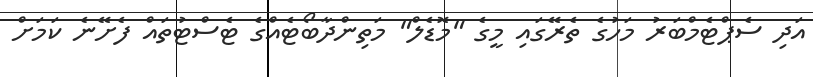
އަދި ސެޕްޓެމްބަރު މަހުގެ ތެރޭގައި މީގެ "މޮޑެލް" މަތިންދާބޯޓެއްގެ ޓެސްޓުތައް ފެށޭނެ ކަމަށް